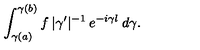
\int _ { \gamma ( a ) } ^ { \gamma ( b ) } f \: | \gamma ^ { \prime } | ^ { - 1 } \: e ^ { - i \gamma l } \: d \gamma .